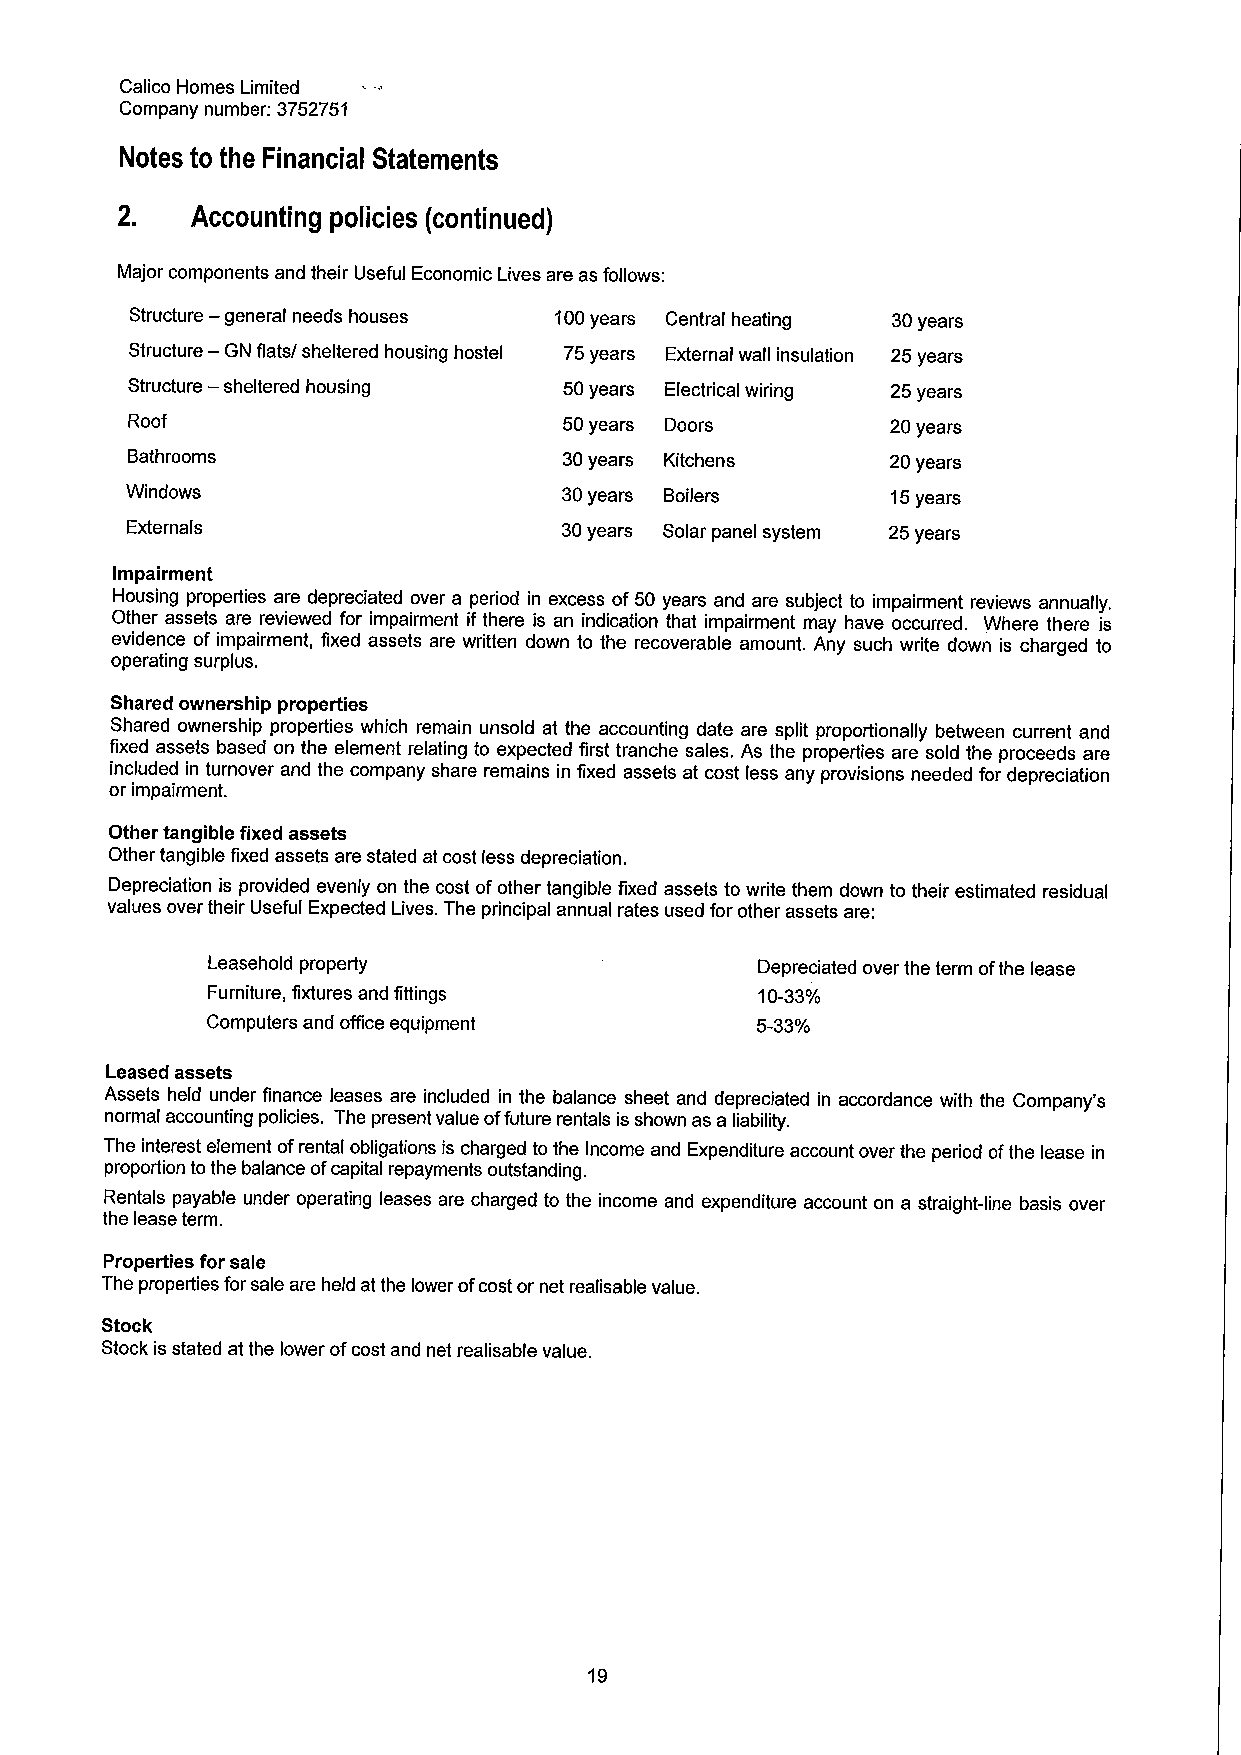
Calico Homes Limited
 Company number: 3752751
 Notes to the Financial Statements
 2.   Accounting policies (continued)
 Major components and their Useful Economic Lives are as follows:
 —
 Structure general needs houses 100years Central heating 30years
 —
 Structure GNflats/shelteredhousing hostel 75years External wallinsulation 25years
 —
 Structure sheltered housing  50years Electrical wiring 25years
 Roof                         50years Doors         20years
 Bathrooms                    30years Kitchens      20years
 Windows                      30years Boilers       15years
 Externals                    30years Solar panel system 25years
 Impairment
 Housing properties are depreciated over a period in excess of 50 years and are subject to impairment reviews annually.
 Other assets are reviewed for impairment if there is an indication that impairment may have occurred. Where there is
 evidence of impairment, fixed assets are written down to the recoverable amount. Any such write down is charged to
 operating surplus.
 Shared ownership properties
 Shared ownership properties which remain unsold at the accounting date are split proportionally between current and
 fixed assets based on the element relating to expected first tranche sales. As the properties are sold the proceeds are
 included in turnover and the company share remains in fixed assets at cost less any provisions needed for depreciation
 or impairment.
 Other tangible fixed assets
 Other tangible fixed assets are stated at cost less depreciation.
 Depreciation is provided evenly on the cost ofother tangible fixed assets to write them down to their estimated residual
 values over their Useful Expected Lives. The principal annual rates used for other assets are:
 Leasehold property                  Depreciated over the term ofthe lease
 Furniture, fixtures and fittings    10-33'/0
 Computers and office equipment      5-33'/0
 Leased assets
 Assets held under finance leases are included in the balance sheet and depreciated in accordance with the Company's
 normal accounting policies. The present value offuture rentals is shown as a liability.
 The interest element ofrental obligations is charged to the Income and Expenditure account over the period ofthe lease in
 proportion tothe balance ofcapital repayments outstanding.
 Rentals payable under operating leases are charged to the income and expenditure account on a straight-line basis over
 the lease term.
 Properties for sale
 The properties forsale are held at the lower ofcost or net realisable value.
 Stock
 Stock is stated at the lower ofcost and net realisable value.
 19